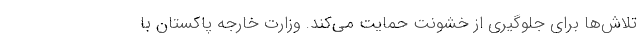
تلاش‌ها برای جلوگیری از خشونت حمایت می‌کند. وزارت خارجه پاکستان با